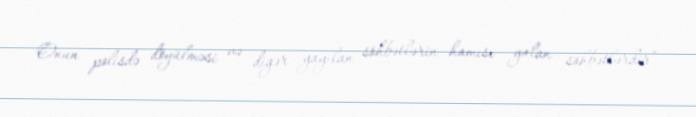
Onun polisdə döyülməsi və digər yayılan söhbətlərin hamısı yalan söhbətlərdir”.